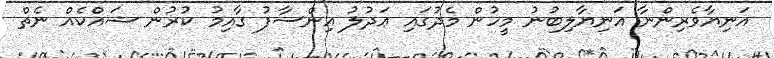
އަނިޔާވެރިންނާ އަނިޔާލިބުނު މީހުން މެދުގައި ޢަދުލު އިންސާފު ގާއިމު ކުރުން ޝައްކެއް ނެތް